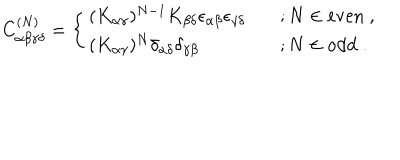
C _ { \alpha \beta \gamma \delta } ^ { ( N ) } = \left\{ \begin{array} { l l } { { ( K _ { \alpha \gamma } ) ^ { N - 1 } K _ { \beta \delta } \epsilon _ { \alpha \beta } \epsilon _ { \gamma \delta } } } & { { ; N \in \mathrm { e v e n } \; , } } \\ { { ( K _ { \alpha \gamma } ) ^ { N } \delta _ { \alpha \delta } \delta _ { \gamma \beta } } } & { { ; N \in \mathrm { o d d } \; . } } \\ \end{array} \right.